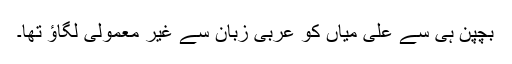
بچپن ہی سے علی میاں کو عربی زبان سے غیر معمولی لگاؤ تھا۔